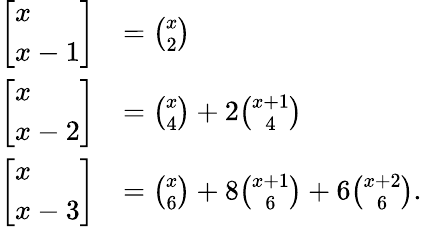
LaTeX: {\begin{array}{rl}{\left[{\begin{array}{l}{x}\\ {x-1}\end{array}}\right]}&{={\binom{x}{2}}}\\ {\left[{\begin{array}{l}{x}\\ {x-2}\end{array}}\right]}&{={\binom{x}{4}}+2{\binom{x+1}{4}}}\\ {\left[{\begin{array}{l}{x}\\ {x-3}\end{array}}\right]}&{={\binom{x}{6}}+8{\binom{x+1}{6}}+6{\binom{x+2}{6}}.}\end{array}}